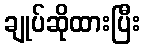
ချုပ်ဆိုထားပြီး